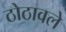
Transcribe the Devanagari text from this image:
ठोठावले